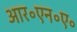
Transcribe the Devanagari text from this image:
आर॰एन॰ए॰